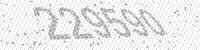
Solution: 229590